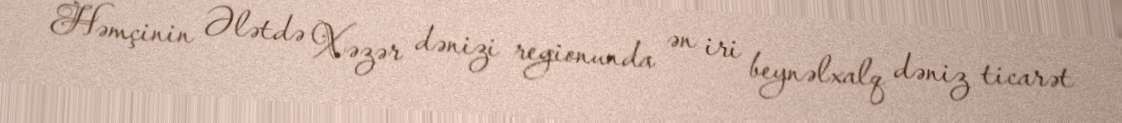
Həmçinin Ələtdə Xəzər dənizi regionunda ən iri beynəlxalq dəniz ticarət